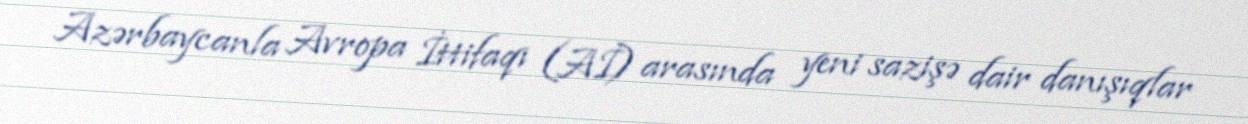
Azərbaycanla Avropa İttifaqı (Aİ) arasında yeni sazişə dair danışıqlar